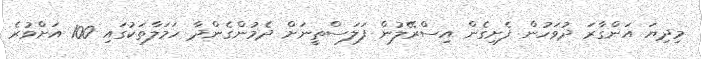
މިދިޔަ އަންގާރަ ދުވަހުން ފެށިގެން އިސްރޭލުން ފަލަސްތީނަށް ދެމުންގެންދާ ހަމަލާތަކުގައި 100 އަށްވުރެ